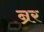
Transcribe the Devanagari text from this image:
न्रर